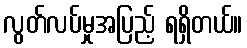
လွတ်လပ်မှုအပြည့် ရရှိတယ်။